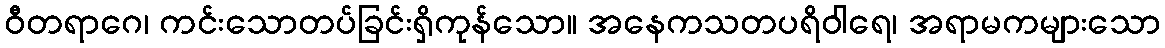
ဝီတရာဂေ၊ ကင်းသောတပ်ခြင်းရှိကုန်သော။ အနေကသတပရိဝါရေ၊ အရာမကများသော